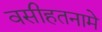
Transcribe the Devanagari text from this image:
वसीहतनामे